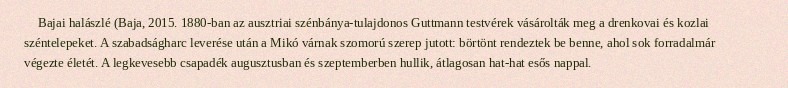
Bajai halászlé (Baja, 2015. 1880-ban az ausztriai szénbánya-tulajdonos Guttmann testvérek vásárolták meg a drenkovai és kozlai széntelepeket. A szabadságharc leverése után a Mikó várnak szomorú szerep jutott: börtönt rendeztek be benne, ahol sok forradalmár végezte életét. A legkevesebb csapadék augusztusban és szeptemberben hullik, átlagosan hat-hat esős nappal.